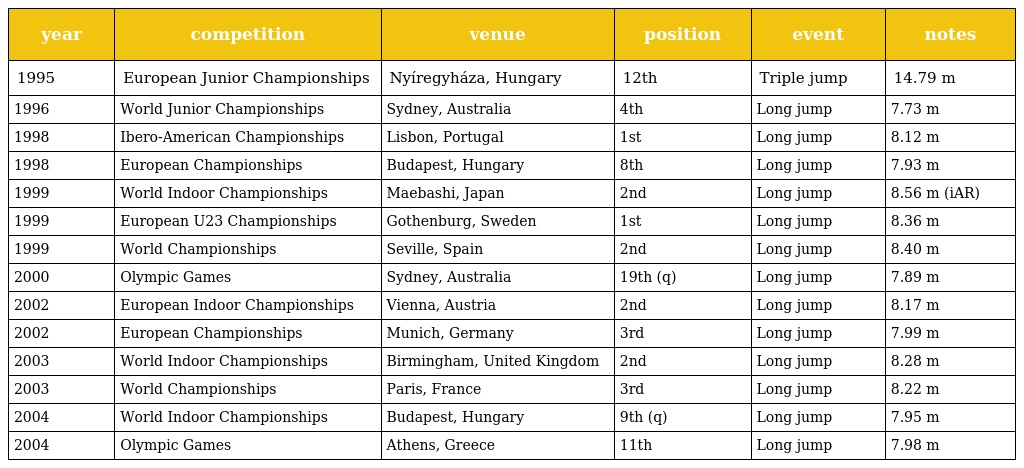
| year | competition | venue | position | event | notes |
 | --- | --- | --- | --- | --- | --- |
 | 1995 | European Junior Championships | Nyíregyháza, Hungary | 12th | Triple jump | 14.79 m |
 | 1996 | World Junior Championships | Sydney, Australia | 4th | Long jump | 7.73 m |
 | 1998 | Ibero-American Championships | Lisbon, Portugal | 1st | Long jump | 8.12 m |
 | 1998 | European Championships | Budapest, Hungary | 8th | Long jump | 7.93 m |
 | 1999 | World Indoor Championships | Maebashi, Japan | 2nd | Long jump | 8.56 m (iAR) |
 | 1999 | European U23 Championships | Gothenburg, Sweden | 1st | Long jump | 8.36 m |
 | 1999 | World Championships | Seville, Spain | 2nd | Long jump | 8.40 m |
 | 2000 | Olympic Games | Sydney, Australia | 19th (q) | Long jump | 7.89 m |
 | 2002 | European Indoor Championships | Vienna, Austria | 2nd | Long jump | 8.17 m |
 | 2002 | European Championships | Munich, Germany | 3rd | Long jump | 7.99 m |
 | 2003 | World Indoor Championships | Birmingham, United Kingdom | 2nd | Long jump | 8.28 m |
 | 2003 | World Championships | Paris, France | 3rd | Long jump | 8.22 m |
 | 2004 | World Indoor Championships | Budapest, Hungary | 9th (q) | Long jump | 7.95 m |
 | 2004 | Olympic Games | Athens, Greece | 11th | Long jump | 7.98 m |